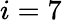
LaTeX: i=7